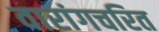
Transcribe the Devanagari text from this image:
वारांगचरित